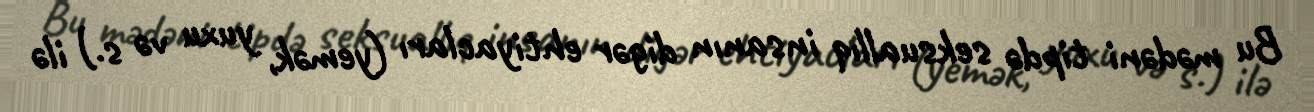
Bu mədəni tipdə seksuallıq insanın digər ehtiyacları (yemək, yuxu və s.) ilə